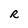
Character: R